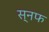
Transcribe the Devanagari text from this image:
स्नफ